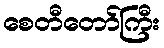
စေတီတော်ကြီး